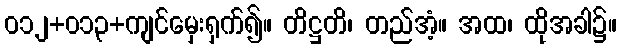
ဝ၁၂+၀၁၃+ကျင်မှေးရှက်၍။ တိဋ္ဌတိ၊ တည်အံ့။ အထ၊ ထိုအခါ၌။